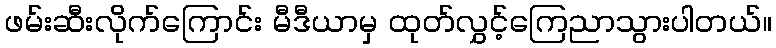
ဖမ်းဆီးလိုက်ကြောင်း မီဒီယာမှ ထုတ်လွှင့်ကြေညာသွားပါတယ်။